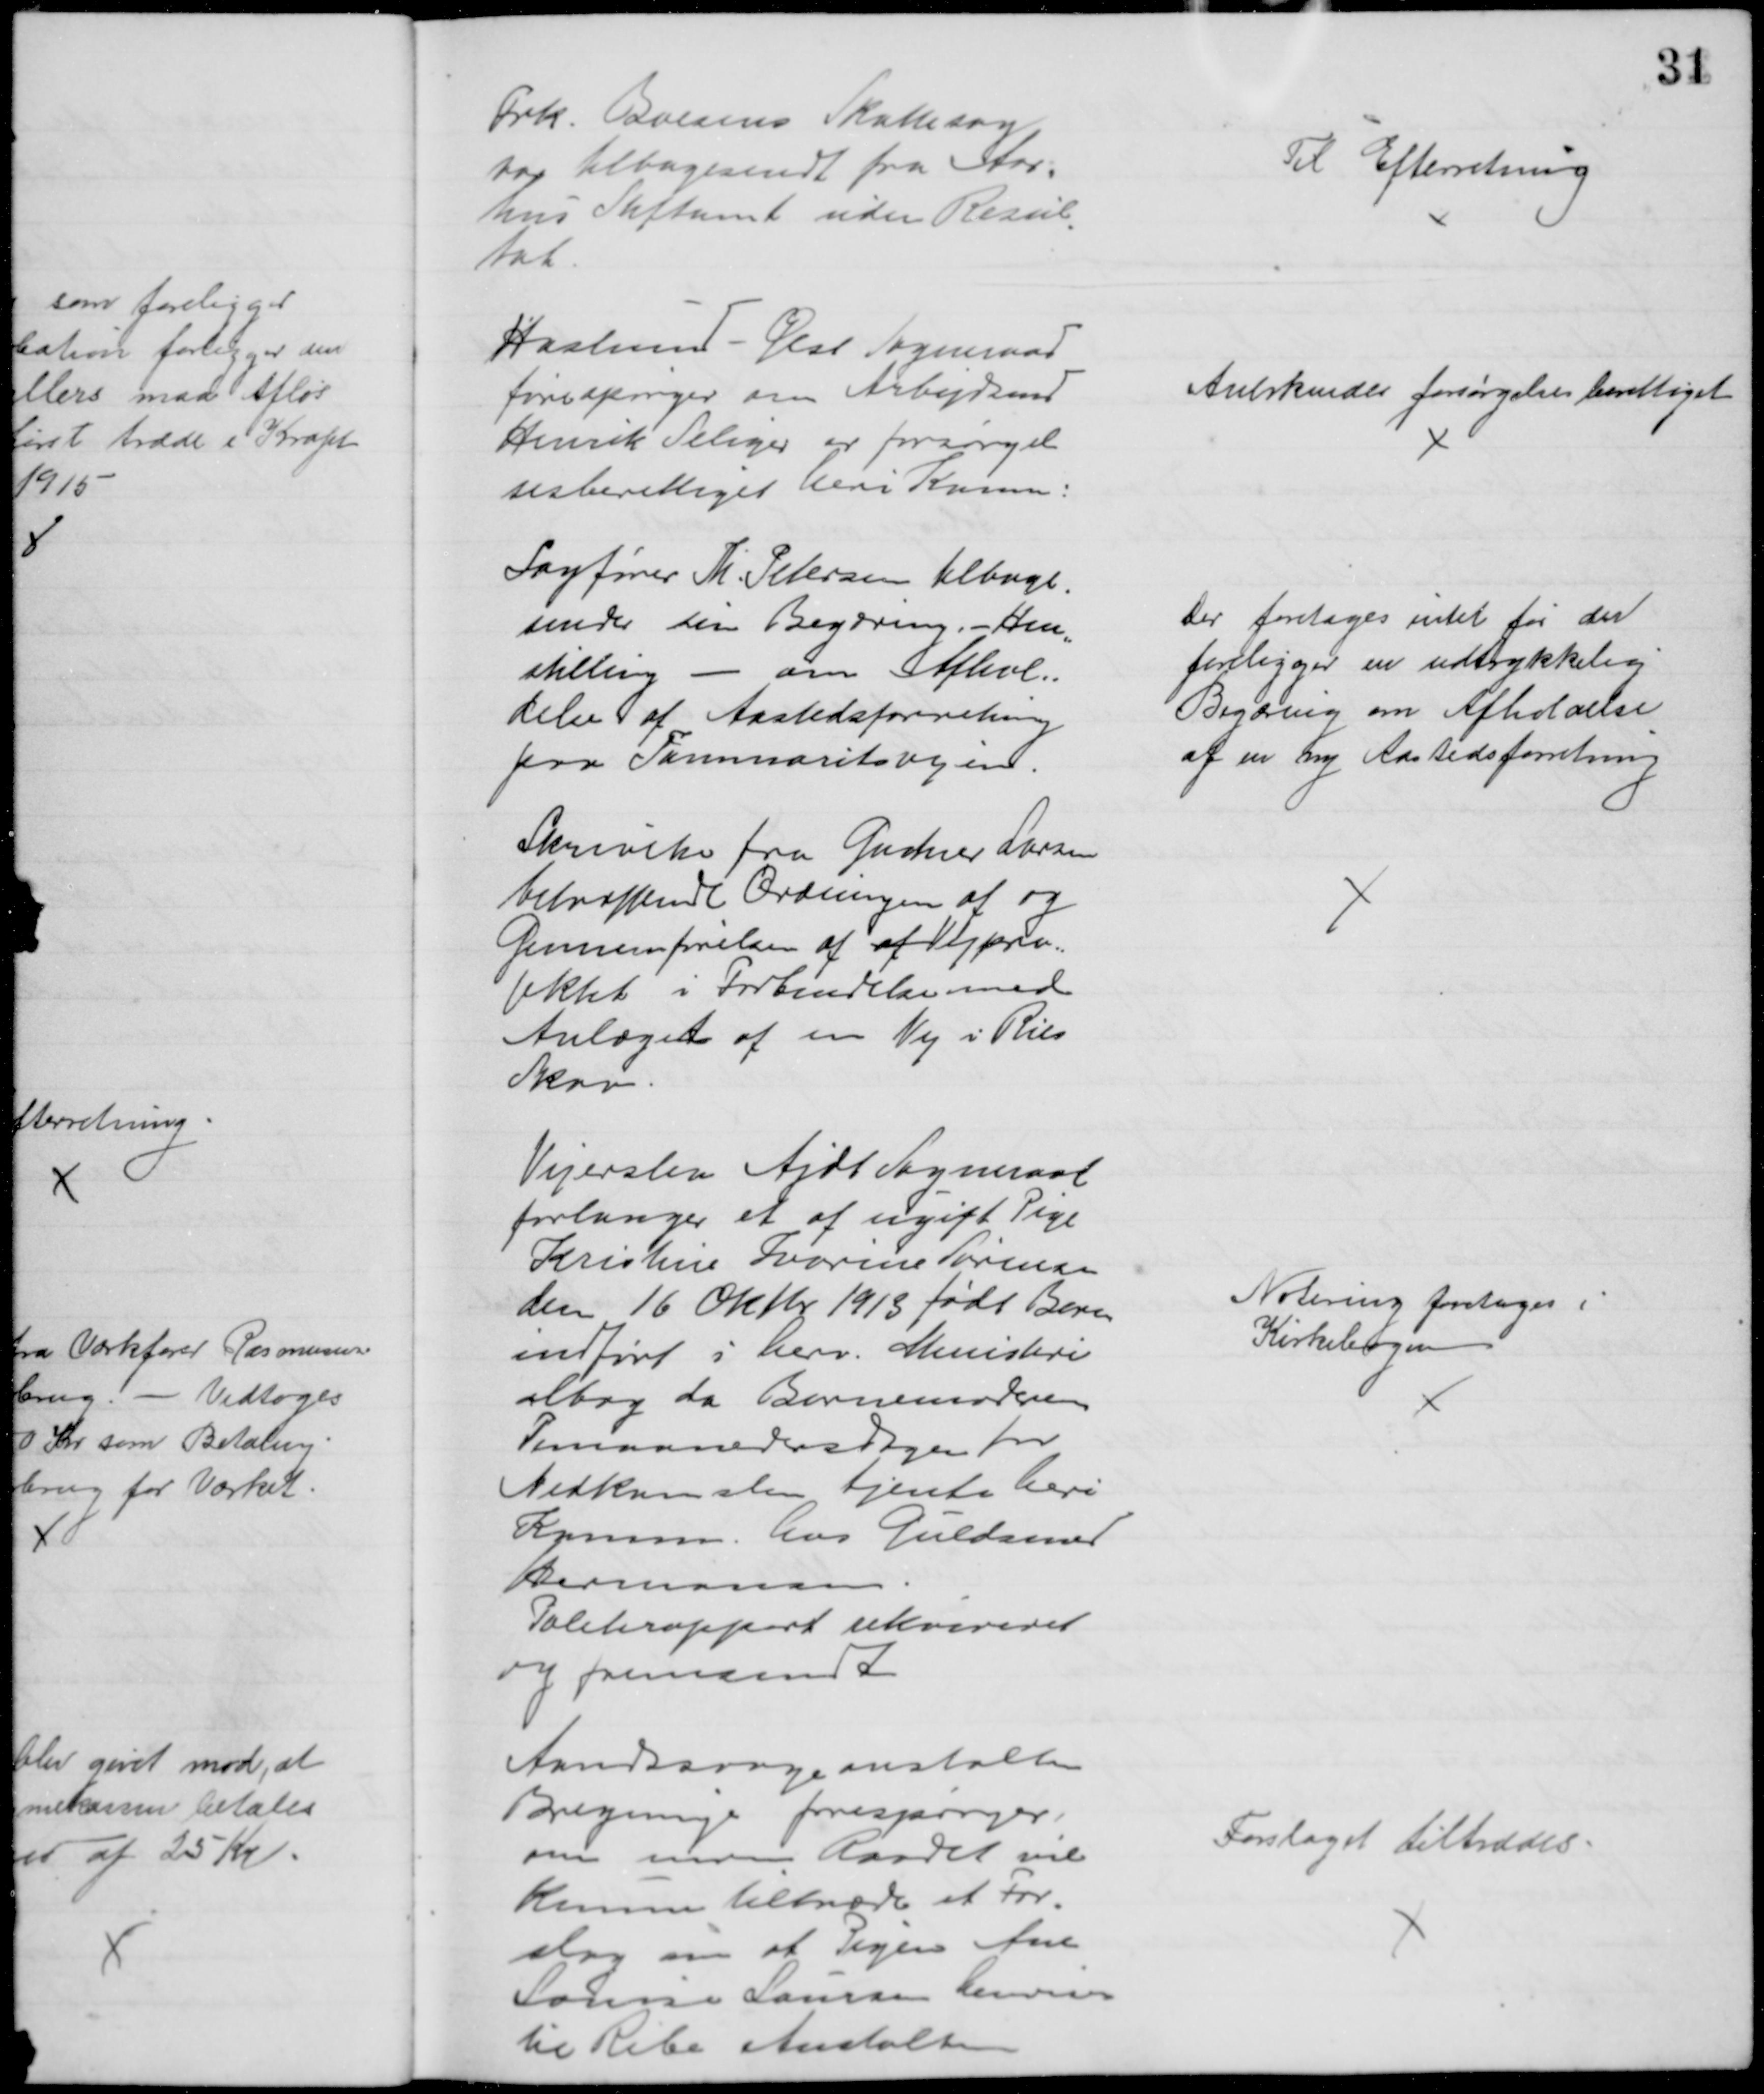
Transskription:
Frk. Boesens Skattesag
var tilbagesendt fra Aar=
hus Stiftamt uden Resul
=
tat.
Til Efterretning
Haslund - Ølst Sogneraad
forespørger om Arbejdsmd
Henrik Seliger er forsørgel
sesberettiget heri Komm:
Anerkendes forsørgelsesberettiget
Sagfører Th. Petersen tilbage-
sender sin Begæring. - Hen
=
stilling - om Afhol=
delse af Aastedsforretning
paa Tammaritsvejen.
Der foretages intet før der
foreligger en udtrykkelig
Begæring om Afholdelse
af en ny Aastedsforretning
Skrivelse fra Gartner Larsen
betræffende Ordningen af og
Gennemførelsen af af Vejpro=
jektet i Forbindelse med
Anlæget af en Vej i Riis
Skov.
Vejerslev Ajdt Sogneraad
forlanger et af ugift Pige
Kristine Ivarine Sørensen
den 16 Oktbr 1913 født Barn
indført i herv. Ministeri
albog da Barnemoderen
Timaanedersdagen for
Nedkomsten tjente heri
Komm. hos Guldsmed
Hermansen
Politirapport rekvireret
og fremsendt
Notering foretages i
Kirkebogen
Aandssvageanstalten
Bregninge forespørger,
om  Raadet vil
kunne tiltræde et For-
slag om at Pigen Ane
Louise Laursen henvises
til Ribe Anstalten
Forslaget tiltrædes.